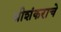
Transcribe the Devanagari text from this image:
श्रीशंकराचे